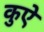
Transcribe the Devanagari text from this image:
कुऐ